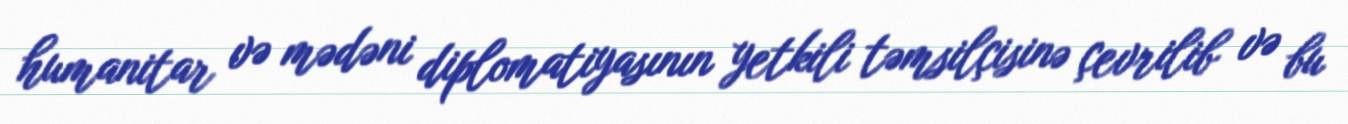
humanitar və mədəni diplomatiyasının yetkili təmsilçisinə çevrilib və bu